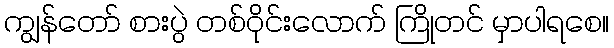
ကျွန်တော် စားပွဲ တစ်ဝိုင်းလောက် ကြိုတင် မှာပါရစေ။